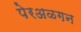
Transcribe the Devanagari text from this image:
पेरअळगन